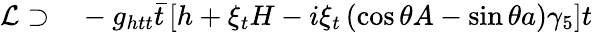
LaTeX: \begin{array}{rl}{\mathcal{L}\supset}&{{}-g_{htt}\bar{t}\left[h+\xi_{t}H-i\xi_{t}\left(\cos\theta A-\sin\theta a\right)\gamma_{5}\right]t}\end{array}